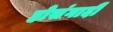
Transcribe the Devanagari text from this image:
होसंगादी